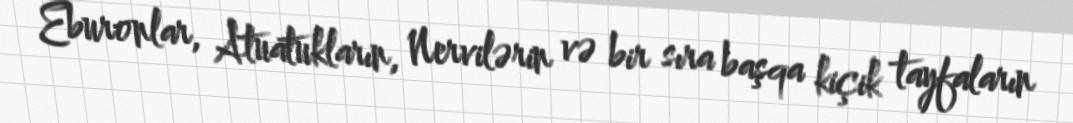
Eburonlar, Atuatukların, Nervilərin və bir sıra başqa kiçik tayfaların